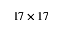
1 7 \times 1 7